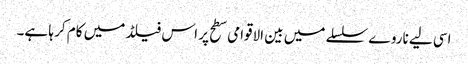
اسی لیے ناروے سلسلے میں بین الاقوامی سطح پر اس فیلڈ میں کام کر ہا ہے۔